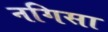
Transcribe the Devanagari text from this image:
नगिसा